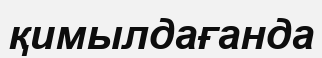
қимылдағанда